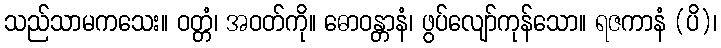
သည်သာမကသေး။ ဝတ္တံ၊ အဝတ်ကို။ ဓောဝန္တာနံ၊ ဖွပ်လျော်ကုန်သော။ ရဇကာနံ (ပိ)၊